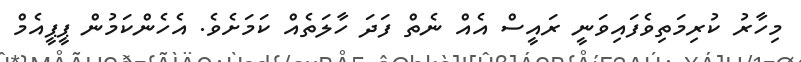
މިހާރު ކުރިމަތިވެފައިވަނީ ރައީސް އެއް ނެތް ފަަދަ ހާލަތެއް ކަމަށެވެ. އެހެންކަމުން ޕީޕީއެމް